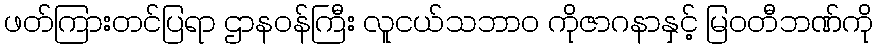
ဖတ်ကြားတင်ပြရာ ဌာနဝန်ကြီး လူငယ်သဘာ၀ ကိုဇာဂနာနှင့် မြဝတီဘဏ်ကို